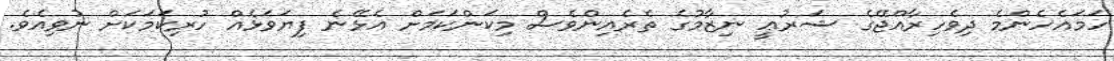
ހަމައެހެންމެ ދިވެހިރާއްޖޭގެ ޝަރުޢީ ނިޒާމުގެ ތެރެއިންވެސް މިކަންކަމަށް އެޅޭނެ ފިޔަވަޅެއް ހުރިކަމަކަށް ނުވިއެވެ.